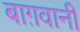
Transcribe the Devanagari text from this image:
बाग़वानी